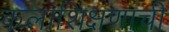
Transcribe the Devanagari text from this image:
कलाशिक्षणाची